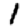
Digit: 1